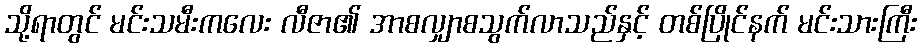
သို့ရာတွင် မင်းသမီးကလေး လီဇာ၏ အာစလျှာစသွက်လာသည်နှင့် တစ်ပြိုင်နက် မင်းသားကြီး